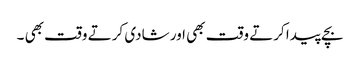
بچے پیدا کرتے وقت بھی اور شادی کرتے وقت بھی ۔